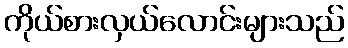
ကိုယ်စားလှယ်လောင်းများသည်